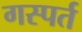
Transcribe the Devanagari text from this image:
गस्पर्त